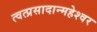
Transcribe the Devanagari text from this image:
त्वत्प्रसादान्महेश्वर